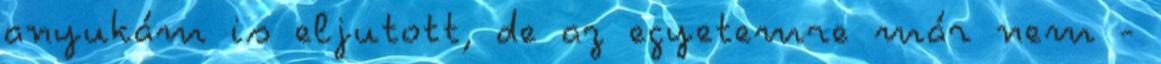
anyukám is eljutott, de az egyetemre már nem -